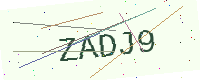
Text: ZADJ9